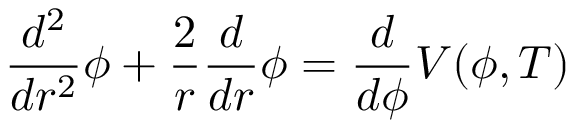
{ \frac { d ^ { 2 } } { d r ^ { 2 } } } \phi + { \frac { 2 } { r } } { \frac { d } { d r } } \phi = { \frac { d } { d \phi } } V ( \phi , T )